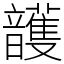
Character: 頀